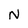
Character: N